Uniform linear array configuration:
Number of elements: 24
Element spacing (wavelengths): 0.75
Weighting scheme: exponential
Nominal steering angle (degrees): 45
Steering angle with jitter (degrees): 46.926
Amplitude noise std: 0.05
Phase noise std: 0.05

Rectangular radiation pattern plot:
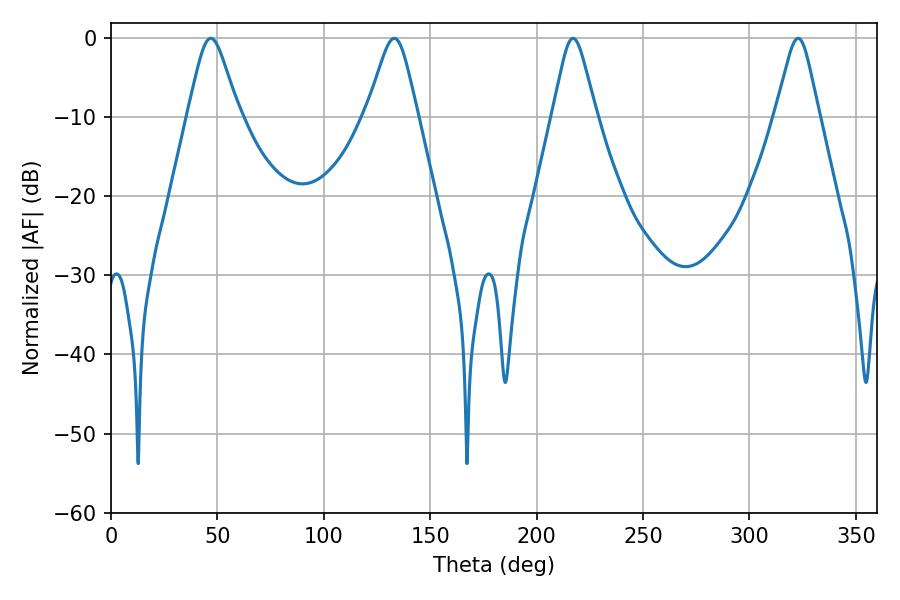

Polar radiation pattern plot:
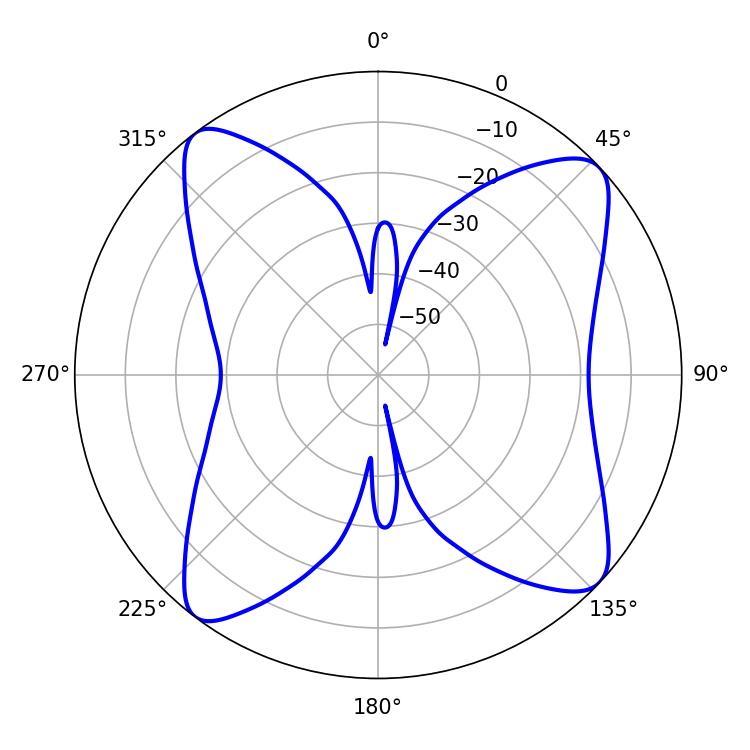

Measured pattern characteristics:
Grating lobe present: TRUE
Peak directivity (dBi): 12.252
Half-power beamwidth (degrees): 9.72
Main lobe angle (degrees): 217.08